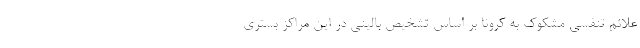
علائم تنفسی مشکوک به کرونا بر اساس تشخیص بالینی در این مراکز بستری